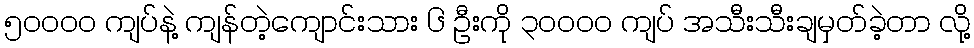
၅ဝဝဝဝ ကျပ်နဲ့ ကျန်တဲ့ကျောင်းသား ၆ ဦးကို ၃ဝဝဝဝ ကျပ် အသီးသီးချမှတ်ခဲ့တာ လို့